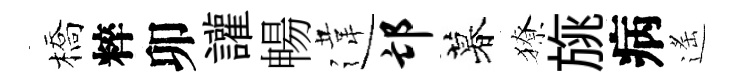
橋粹卯讙暢違邙暮獠旐病遙